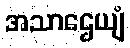
အသာဌေယျံ